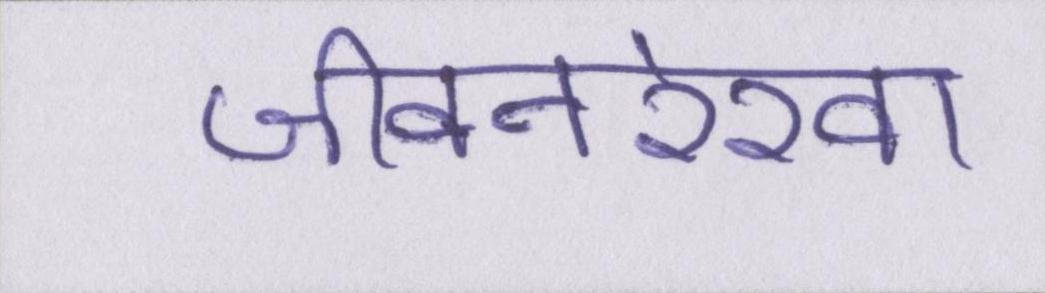
जीवनरेखा